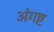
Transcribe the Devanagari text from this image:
अंगष्ट